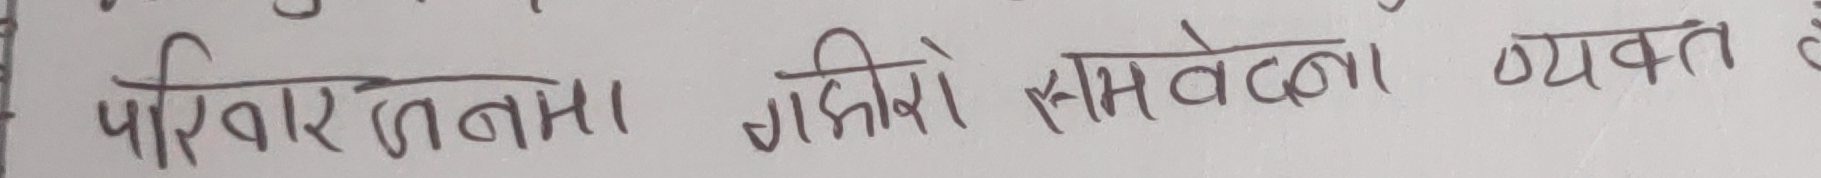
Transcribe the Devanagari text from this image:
परिवार तना गहिरो समवेदना व्यक्त